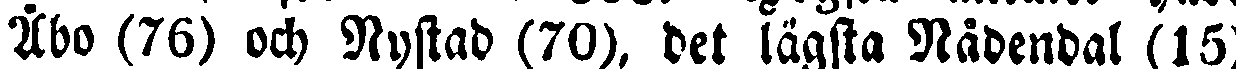
Åbo (76) och Nystad (70), det lägsta Nådendal (15)